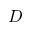
D